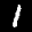
Label: 1